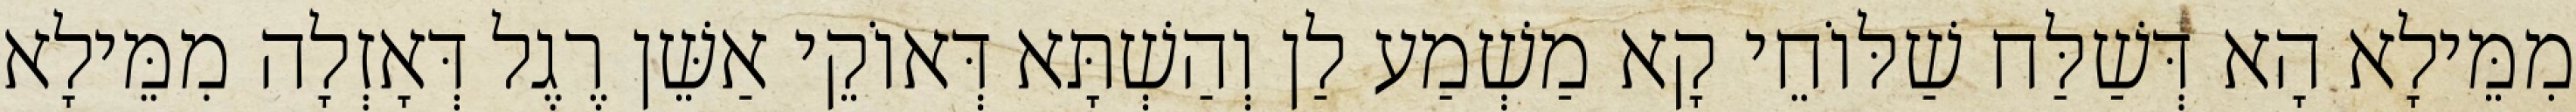
מִמֵּילָא הָא דְּשַׁלַּח שַׁלּוֹחֵי קָא מַשְׁמַע לַן וְהַשְׁתָּא דְּאוֹקֵי אַשֵּׁן רֶגֶל דְּאָזְלָה מִמֵּילָא